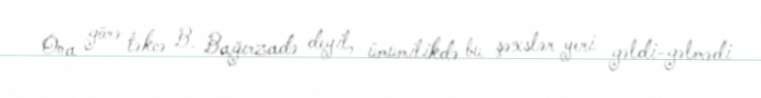
Ona görə təkcə B. Bağırzadə deyil, ümumilikdə bu şəxslər yeri gəldi-gəlmədi